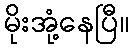
မိုးအုံ့နေပြီ။